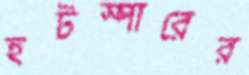
হটস্পারের